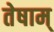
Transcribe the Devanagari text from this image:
तेषाम्